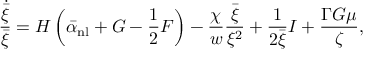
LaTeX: { \frac { \dot { \bar { \xi } } } { \bar { \xi } } } = H \left( \bar { \alpha } _ { \mathrm { n l } } + G - { \frac { 1 } { 2 } } F \right) - { \frac { \chi } { w } } { \frac { \bar { \xi } } { \xi ^ { 2 } } } + { \frac { 1 } { 2 \bar { \xi } } } I + { \frac { \Gamma G \mu } { \zeta } } ,